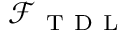
\mathcal { F } _ { \mathrm { ~ T ~ D ~ L ~ } }